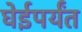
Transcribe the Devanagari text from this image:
घेईपर्यंत